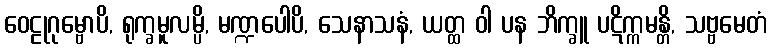
ဝေဠုဂုမ္ဗောပိ, ရုက္ခမူလမ္ပိ, မဏ္ဍပေါပိ, သေနာသနံ, ယတ္ထ ဝါ ပန ဘိက္ခူ ပဋိက္ကမန္တိ, သဗ္ဗမေတံ